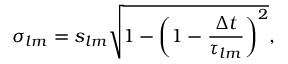
\sigma _ { l m } = s _ { l m } \sqrt { 1 - \left( 1 - \frac { \Delta t } { \tau _ { l m } } \right) ^ { 2 } } ,